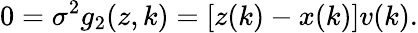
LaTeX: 0=\sigma^{2}g_{2}(z,k)=[z(k)-x(k)]v(k).